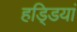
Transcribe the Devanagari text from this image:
हडि्डयां